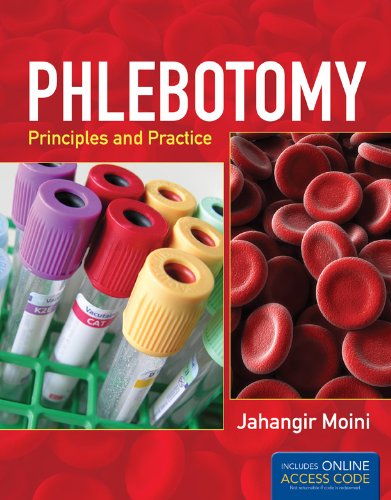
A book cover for Phlebotomy: Principles And Practice: Includes Online Access Code for Companion Website; Jahangir Moini; Medical Books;